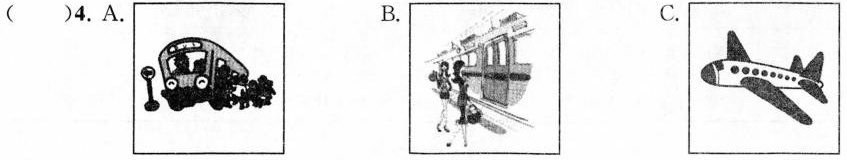
( )4.A. B. C.